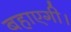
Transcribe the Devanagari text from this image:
बहाएगी।